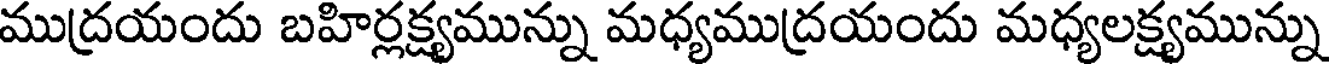
ముద్రయందు బహిర్లక్ష్యమున్ను మధ్యముద్రయందు మధ్యలక్ష్యమున్ను